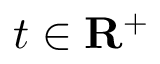
t \in { \mathbf { R } } ^ { + }